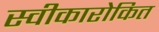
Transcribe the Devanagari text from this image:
स्वीकारोकित